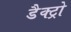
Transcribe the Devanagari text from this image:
डैक्ट्रो